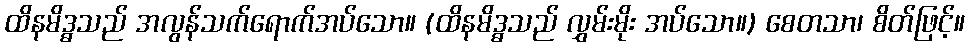
ထိနမိဒ္ဓသည် အလွန်သက်ရောက်အပ်သော။ (ထိနမိဒ္ဓသည် လွှမ်းမိုး အပ်သော။) စေတသာ၊ စိတ်ဖြင့်။